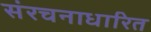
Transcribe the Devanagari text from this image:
संरचनाधारित